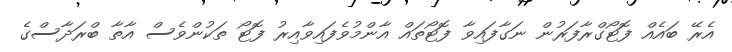
އެރޭ ބައެއް ފޮޓޯގްރާފަރުން ނަގާފައިވާ ފޮޓޯތައް އާންމުވެފައިވާއިރު ފޮޓޯ ތަކުންވެސް އާތާ ބްރަދާސްގެ